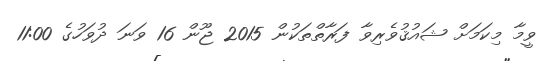
ވީމާ މިކަމަށް ޝައުޤުވެރިވާ ފަރާތްތަކުން 2015 ޖޫން 16 ވަނަ ދުވަހުގެ 11:00